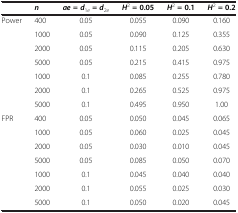
|  | n | ae = d1e= d2e | H2= 0.05 | H2= 0.1 | H2= 0.2 |
 | --- | --- | --- | --- | --- | --- |
 | Power | 400 | 0.05 | 0.055 | 0.090 | 0.160 |
 |  | 1000 | 0.05 | 0.090 | 0.125 | 0.355 |
 |  | 2000 | 0.05 | 0.115 | 0.205 | 0.630 |
 |  | 5000 | 0.05 | 0.215 | 0.415 | 0.975 |
 |  | 1000 | 0.1 | 0.085 | 0.255 | 0.780 |
 |  | 2000 | 0.1 | 0.265 | 0.525 | 0.975 |
 |  | 5000 | 0.1 | 0.495 | 0.950 | 1.00 |
 | FPR | 400 | 0.05 | 0.050 | 0.045 | 0.065 |
 |  | 1000 | 0.05 | 0.060 | 0.025 | 0.045 |
 |  | 2000 | 0.05 | 0.030 | 0.010 | 0.045 |
 |  | 5000 | 0.05 | 0.085 | 0.050 | 0.070 |
 |  | 1000 | 0.1 | 0.045 | 0.040 | 0.040 |
 |  | 2000 | 0.1 | 0.055 | 0.025 | 0.030 |
 |  | 5000 | 0.1 | 0.050 | 0.020 | 0.045 |